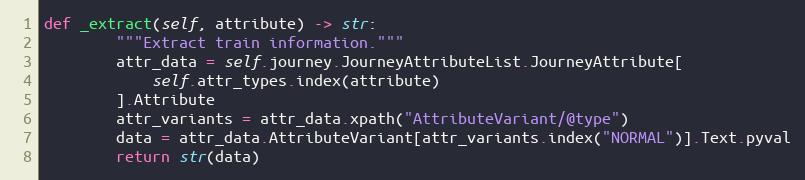
Language: Python
def _extract(self, attribute) -> str:
        """Extract train information."""
        attr_data = self.journey.JourneyAttributeList.JourneyAttribute[
            self.attr_types.index(attribute)
        ].Attribute
        attr_variants = attr_data.xpath("AttributeVariant/@type")
        data = attr_data.AttributeVariant[attr_variants.index("NORMAL")].Text.pyval
        return str(data)